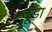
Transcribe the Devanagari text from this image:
दूड़ा